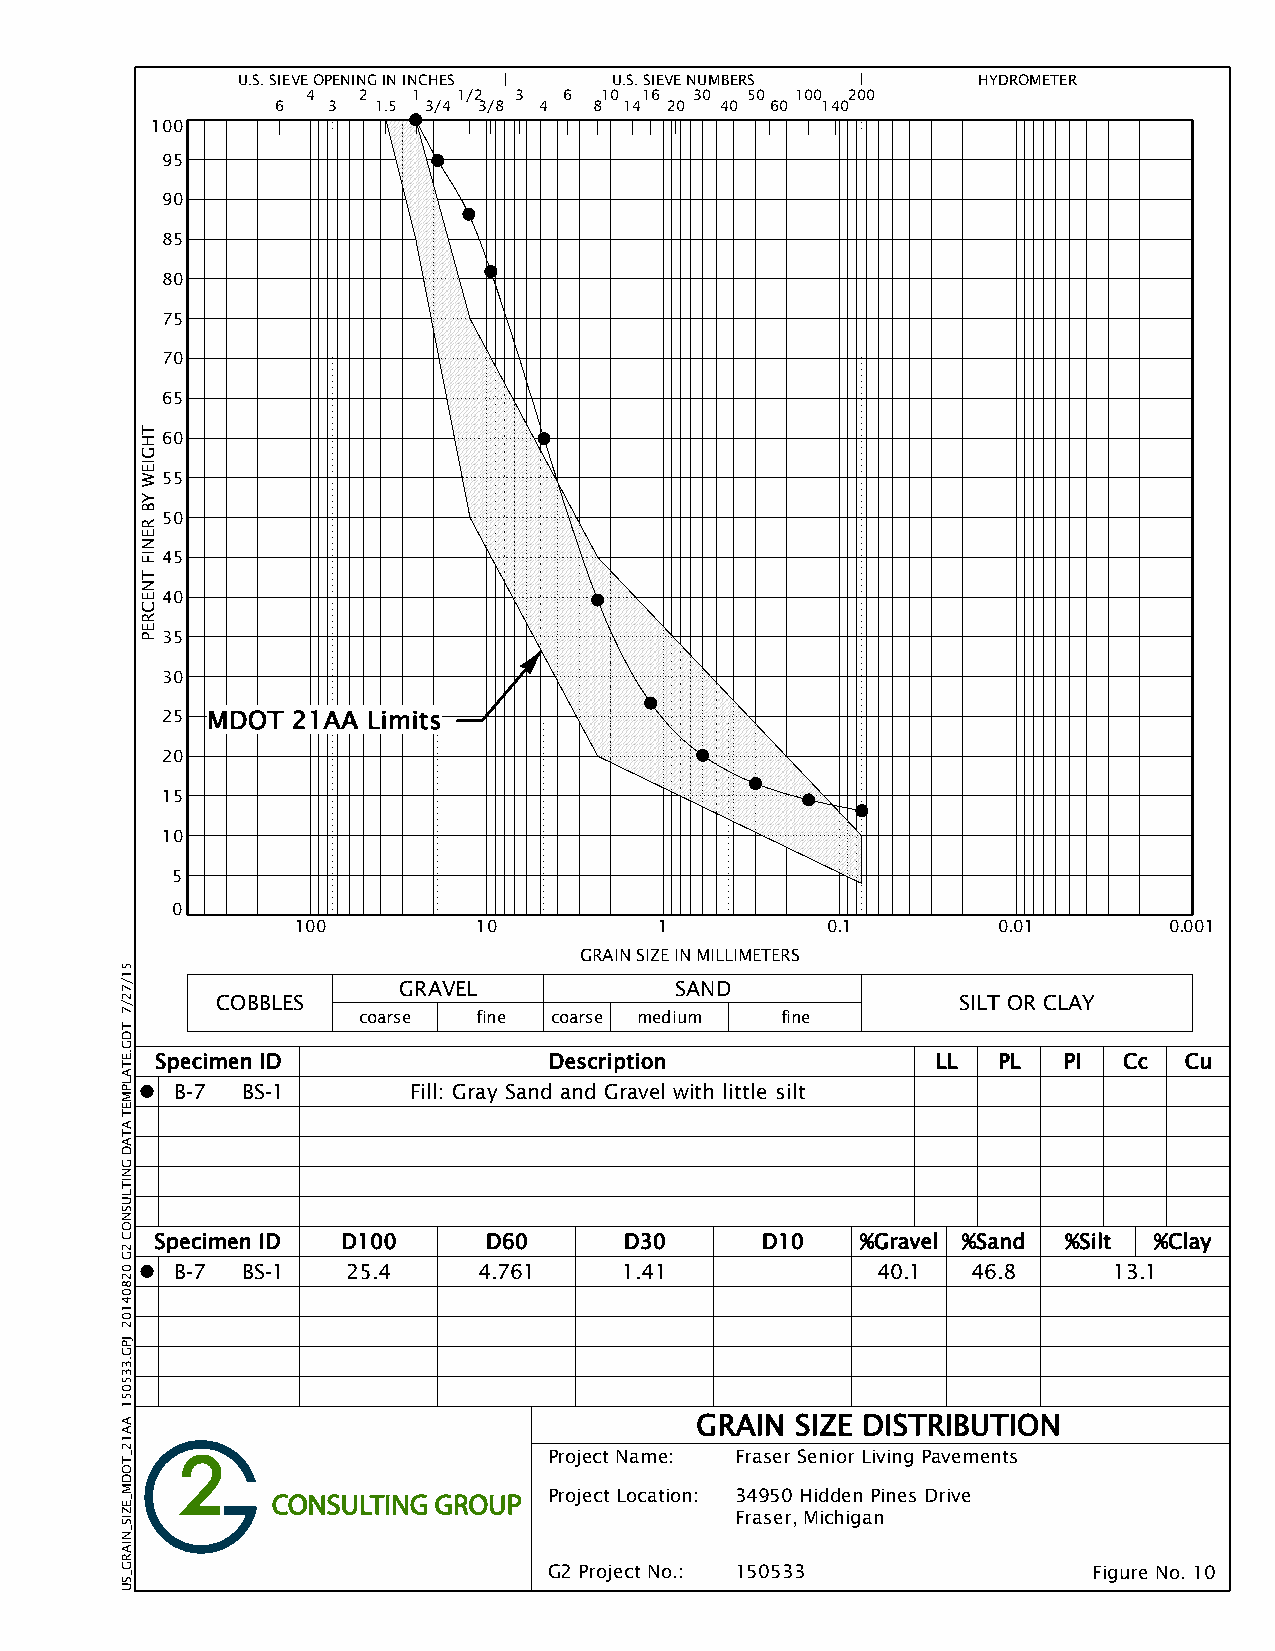
U.S. SIEVE OPENING IN INCHES U.S. SIEVE NUMBERS  HYDROMETER
 4   2  1  1/2 3  6  10 16 30 50  100 200
 6   3  1.5 3/4 3/8 4 8 14 20  40 60 140
 100
 95
 90
 85
 80
 75
 70
 65
 60
 55
 50
 45
 40
 35
 30
 25 MDOT 21AA Limits
 20
 15
 10
 5
 0
 100         10          1          0.1        0.01       0.001
 GRAIN SIZE IN MILLIMETERS
 GRAVEL             SAND
 COBBLES                                           SILT OR CLAY
 coarse  fine coarse medium  fine
 Specimen ID               Description               LL  PL  PI  Cc  Cu
 B-7 BS-1       Fill: Gray Sand and Gravel with little silt
 Specimen ID  D100     D60      D30      D10    %Gravel %Sand %Silt %Clay
 B-7 BS-1   25.4     4.761    1.41             40.1  46.8      13.1
 GRAIN  SIZE DISTRIBUTION
 Project Name: Fraser Senior Living Pavements
 Project Location: 34950 Hidden Pines Drive
 Fraser, Michigan
 G2 Project No.: 150533              Figure No. 10
 51/72/7
 TDG.ETALPMET
 ATAD
 GNITLUSNOC
 2G
 02804102
 JPG.335051
 AA12_TODM_EZIS_NIARG_SU
 THGIEW
 YB
 RENIF
 TNECREP